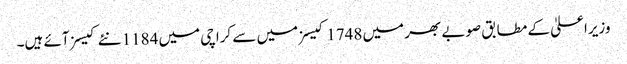
وزیراعلیٰ کے مطابق صوبے بھر میں 1748 کیسز میں سے کراچی میں 1184 نئے کیسز آئے ہیں۔